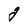
Character: g